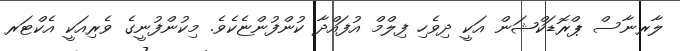
ލާރނާސް ޕްރޮޑަކްޝަން އަކީ ދިވެހި ފިލްމް އުފައްދާ ކުންފުންޏެކެވެ. މިކުންފުނީގެ ވެރިއަކީ އެކްޓަރ